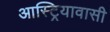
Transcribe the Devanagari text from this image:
आस्ट्रियावासी